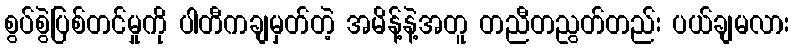
စွပ်စွဲပြစ်တင်မှုကို ပါတီကချမှတ်တဲ့ အမိန့်နဲ့အတူ တညီတညွတ်တည်း ပယ်ချမလား